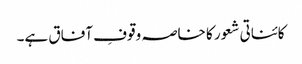
کائناتی شعور کا خاصہ وقوفِ آفاق ہے۔